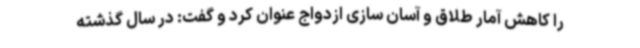
را کاهش آمار طلاق و آسان سازی ازدواج عنوان کرد و گفت: در سال گذشته